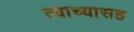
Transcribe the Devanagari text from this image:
त्याच्यासह